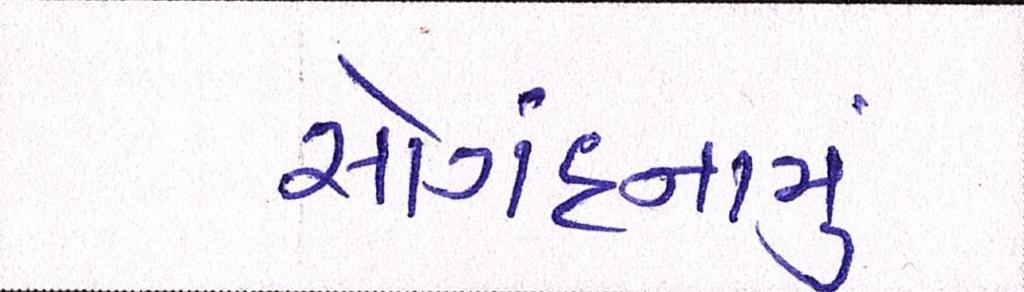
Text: સોંગદનામું